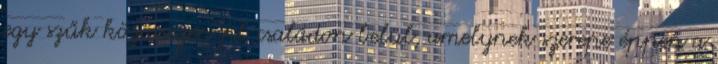
egy szűk közösségen pl:családon belül, amelynek szerepe éppen a